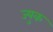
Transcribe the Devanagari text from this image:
ज्युक